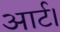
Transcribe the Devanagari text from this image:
आर्ट।